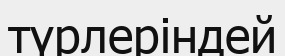
түрлеріндей